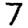
Digit: 7